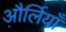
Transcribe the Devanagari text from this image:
और्लियाँ